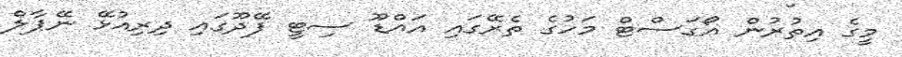
މީގެ އިތުރުން އޯގަސްޓް މަހުގެ ތެރޭގައި އައްޑޫ ސިޓީ ފޭދޫގައި ދިރިއުޅޭ ނޭޕާލް